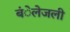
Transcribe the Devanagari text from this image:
बंेलेजली